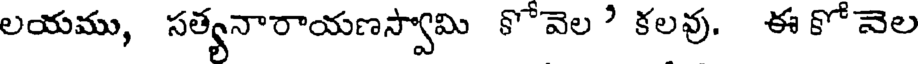
లయము, సత్యనారాయణస్వామి కోవెల ' కలవు. ఈ కో వెల